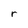
Character: r